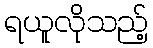
ရယူလိုသည့်